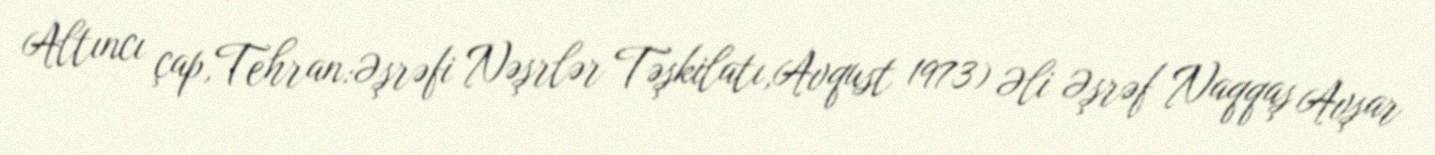
Altıncı çap,Tehran:Əşrəfi Nəşrlər Təşkilatı,Avqust 1973) Əli Əşrəf Naqqaş Avşar